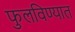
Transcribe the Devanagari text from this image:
फुलविण्यात